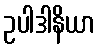
ဥပါဒါနိယာ